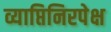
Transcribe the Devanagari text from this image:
व्याप्तिनिरपेक्ष